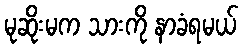
မုဆိုးမက သားကို နာခံရမယ်